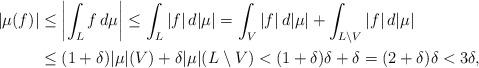
LaTeX: \begin{align*}|\mu(f)|&\leq\left|\int_{L}f\,d\mu\right|\leq\int_{L}|f|\,d|\mu|=\int_{V}|f|\,d|\mu|+\int_{L\setminus V}|f|\,d|\mu|\\&\leq(1+\delta)|\mu|(V)+\delta|\mu|(L\setminus V)<(1+\delta)\delta+\delta=(2+\delta)\delta<3\delta,\end{align*}